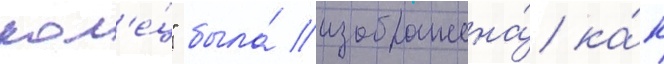
кол'е́ц" была́ изображена́ ка́к